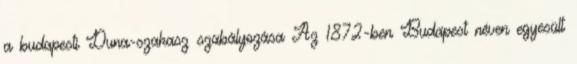
a budapesti Duna-szakasz szabályozása Az 1872-ben Budapest néven egyesült